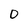
Character: 0